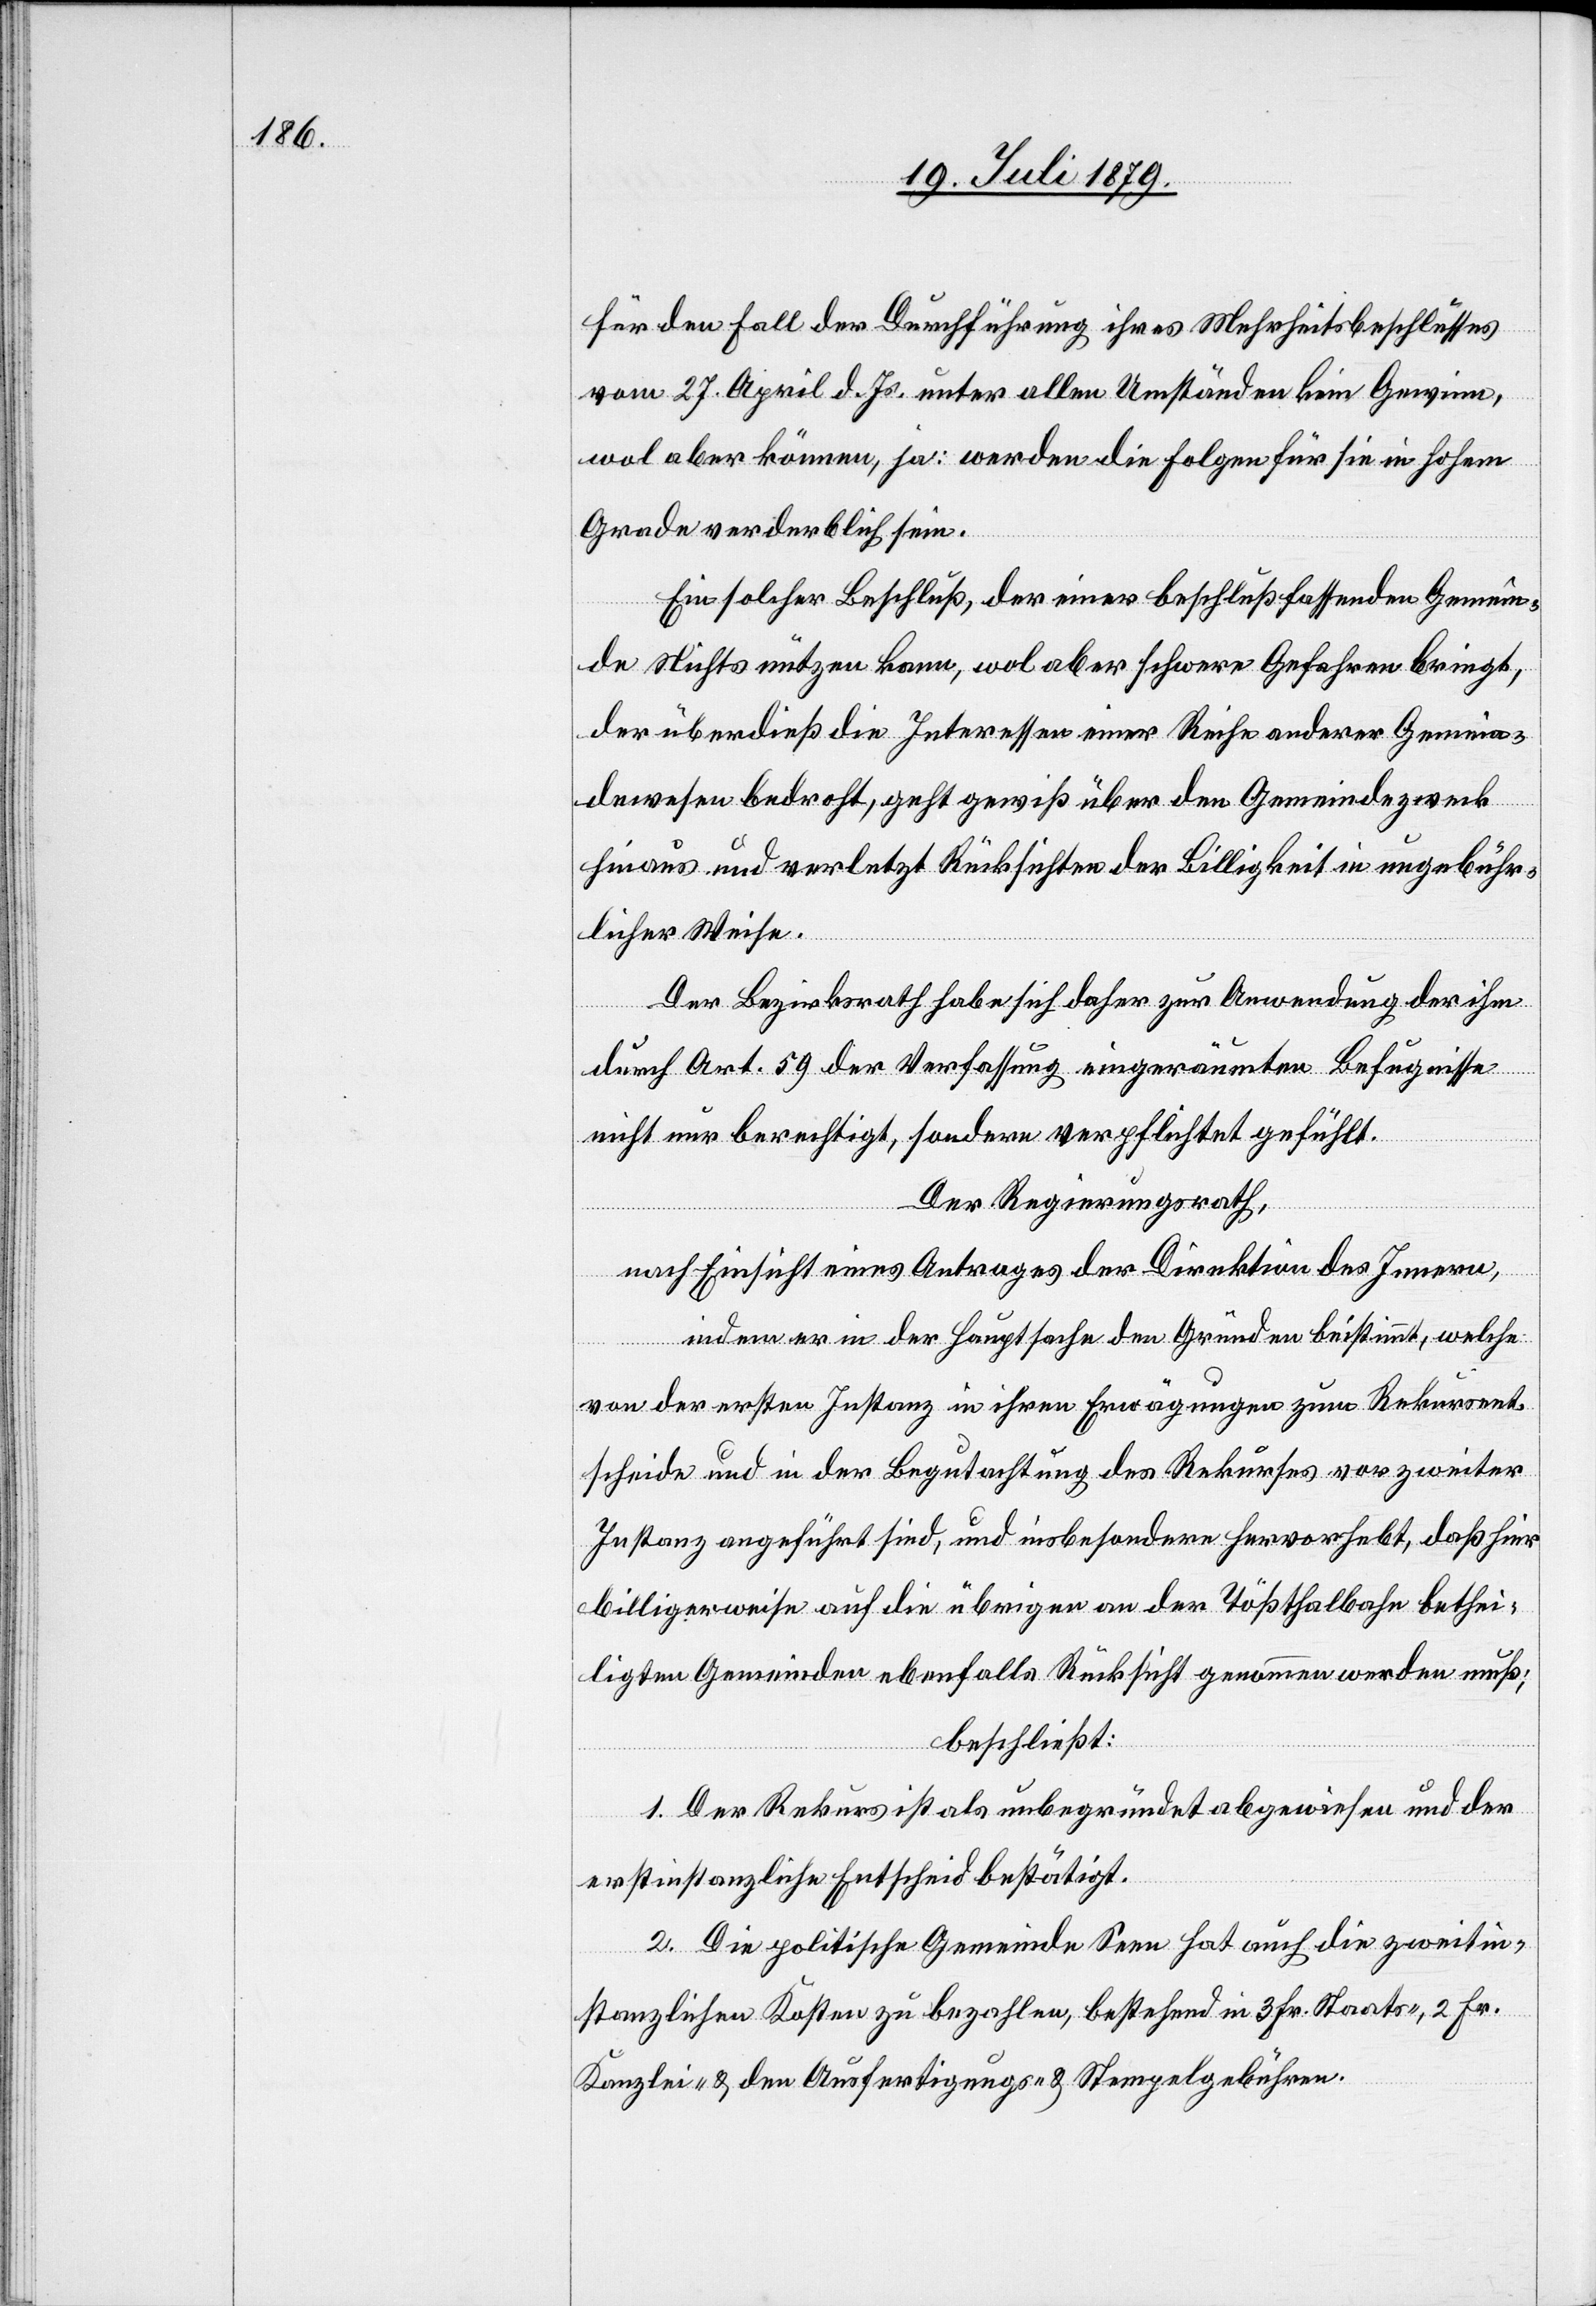
für den Fall der Durchführung ihres Mehrheitsbeschlusses
vom 27. April d. Js. unter allen Umständen kein Gewinn,
wol aber können, ja: werden die Folgen für sie in hohem
Grade verderblich sein.
Ein solcher Beschluß, der einer beschlußfassenden Gemein¬
de Nichts nützen kann, wol aber schwere Gefahren bringt,
der überdieß die Interessen einer Reihe anderer Gemein¬
dewesen bedroht, geht gewiß über den Gemeindezweck
hinaus und verletzt Rücksichten der Billigkeit in ungebühr¬
licher Weise.
Der Bezirksrath habe sich daher zur Anwendung der ihm
durch Art. 59 der Verfassung eingeräumten Befugnisse
nicht nur berechtigt, sondern verpflichtet gefühlt.
Der Regierungsrath,
nach Einsicht eines Antrages der Direktion des Innern,
indem er in der Hauptsache den Gründen beistimmt, welche
von der ersten Instanz in ihren Erwägungen zum Rekursent¬
scheide und in der Begutachtung des Rekurses vor zweiter
Instanz angeführt sind, und insbesondere hervorhebt, daß hier
billigerweise auf die übrigen an den Tößthalbahn bethei¬
ligten Gemeinden ebenfalls Rücksicht genommen werden muß;
beschließt:
1. Der Rekurs ist als unbegründet abgewiesen und der
erstinstanzliche Entscheid bestätigt.
2. Die politische Gemeinde Seen hat auch die zweitin¬
stanzlichen Kosten zu bezahlen, bestehend in 3 Fr. Staats-, 2 Fr.
Kanzlei- & den Ausfertigungs- & Stempelgebühren.